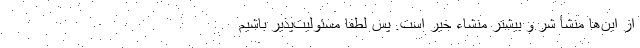
از این‌ها منشأ شر و بیشتر منشاء خیر است. پس لطفاً مسئولیت‌پذیر باشیم